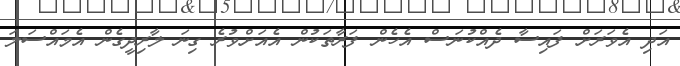
އަދި އެވަރަށް ފައިސާ ދެއްކުނަސް އެހެން ފަރާތަކުން އެއަށްވުރެ ގިނަ ލާރިދީގެން އެމައްސަލަ